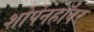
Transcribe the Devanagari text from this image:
शोपेनहॉवर